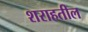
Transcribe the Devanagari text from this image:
शराहतील